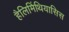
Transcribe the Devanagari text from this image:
हैलिमिंथियासिस